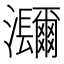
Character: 𤅤